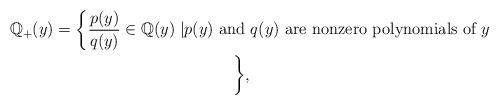
LaTeX: \begin{align*}\mathbb{Q}_+(y)=\biggl\{\frac{p(y)}{q(y)}\in \mathbb{Q}(y)\mid&\text{$p(y)$ and $q(y)$ are nonzero polynomials of $y$}\\&\hskip35pt\biggr\},\end{align*}